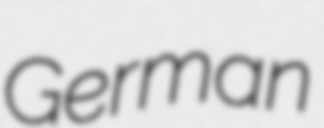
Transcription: German